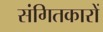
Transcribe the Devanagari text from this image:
संगितकारों